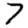
Digit: 7